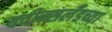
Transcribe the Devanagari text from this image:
क्वीन्सलँडच्या